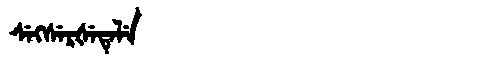
Manchu: ᠰᡝᡴᠰᡝᡵᡧᡝᡨᡝᠯᡝ
Romanization: SEKSERŠETELE